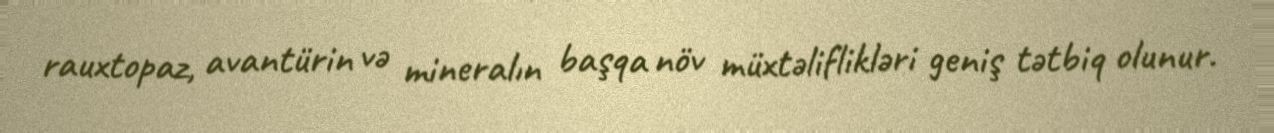
rauxtopaz, avantürin və mineralın başqa növ müxtəliflikləri geniş tətbiq olunur.